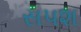
સપશ